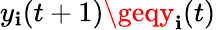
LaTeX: y_{\mathbf{i}}(t+1)\geqy_{\mathbf{i}}(t)